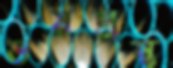
ভয়গ্রস্ত